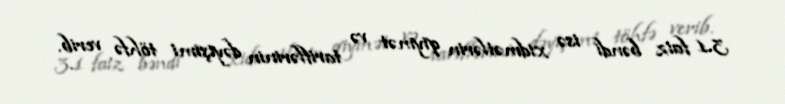
3.1 faiz bəndi isə xidmətlərin qiymət və tariflərinin dəyişimi töhfə verib.